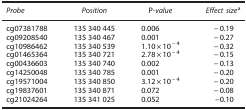
<table><thead><tr><td><b><i>Probe</i></b></td><td><b><i>Position</i></b></td><td><b>P<i>-value</i></b></td><td><b><i>Effect size</i>a</b></td></tr></thead><tbody><tr><td>cg07381788</td><td>135 340 445</td><td>0.006</td><td>−0.19</td></tr><tr><td>cg09208540</td><td>135 340 467</td><td>0.001</td><td>−0.27</td></tr><tr><td>cg10986462</td><td>135 340 539</td><td>1.10 × 10<sup>−4</sup></td><td>−0.32</td></tr><tr><td>cg01465364</td><td>135 340 721</td><td>2.78 × 10<sup>−4</sup></td><td>−0.15</td></tr><tr><td>cg00436603</td><td>135 340 740</td><td>0.002</td><td>−0.13</td></tr><tr><td>cg14250048</td><td>135 340 785</td><td>0.001</td><td>−0.20</td></tr><tr><td>cg19571004</td><td>135 340 850</td><td>3.12 × 10<sup>−4</sup></td><td>−0.20</td></tr><tr><td>cg19837601</td><td>135 340 871</td><td>0.072</td><td>−0.08</td></tr><tr><td>cg21024264</td><td>135 341 025</td><td>0.052</td><td>−0.10</td></tr></tbody></table>